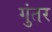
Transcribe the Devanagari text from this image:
गुंतर